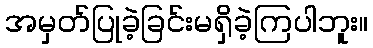
အမှတ်ပြုခဲ့ခြင်းမရှိခဲ့ကြပါဘူး။